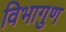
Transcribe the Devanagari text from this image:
विभागुण